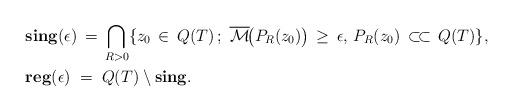
LaTeX: \begin{align*}&\mathbf{sing} ( \epsilon ) \, = \, \bigcap_{R > 0} \{ z_0 \, \in \, Q(T) \, ; \, \, \overline{\mathcal{M}} \! \bigl(P_R (z_0)\bigr) \, \ge \, \epsilon, \, P_R (z_0) \, \subset\!\subset \, Q(T)\},\\&\mathbf{reg} ( \epsilon ) \; = \; Q(T) \setminus \mathbf{sing}.\end{align*}